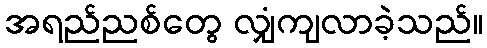
အရည်ညစ်တွေ လျှံကျလာခဲ့သည်။